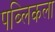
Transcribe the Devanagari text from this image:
पब्लिकला